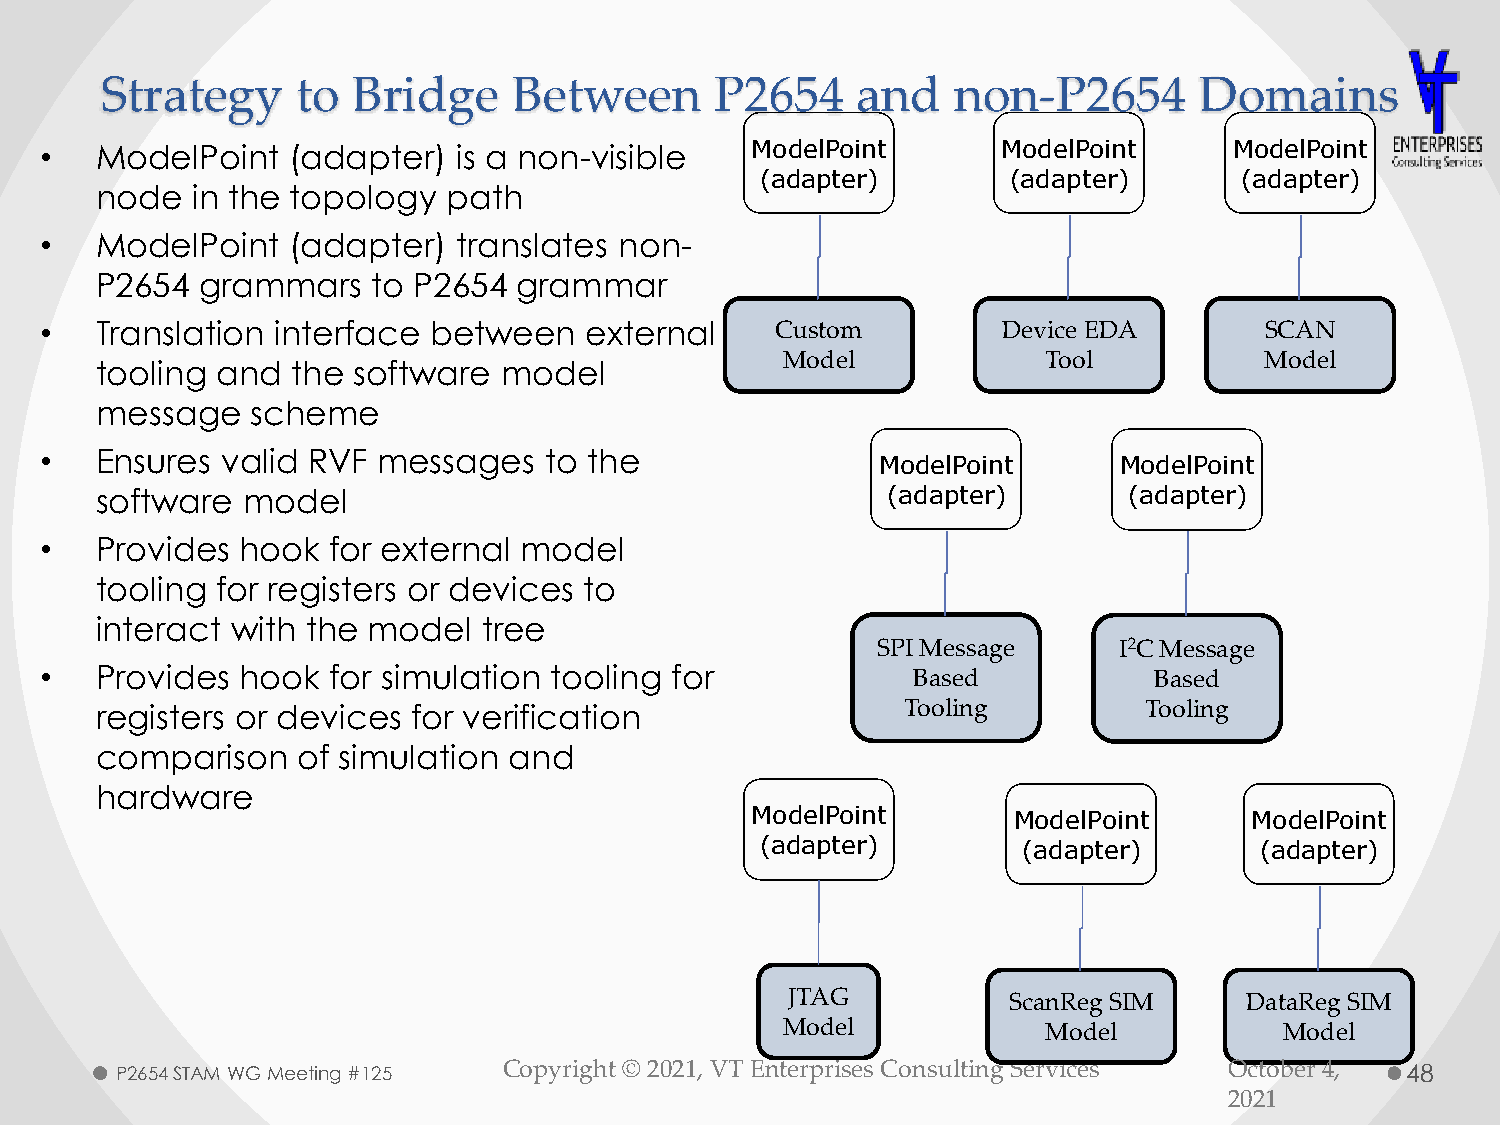
Strategy     to Bridge     Between      P2654     and   non-P2654       Domains
 •  ModelPoint   (adapter)  is a non-visible    ModelPoint      ModelPoint      ModelPoint
 (adapter)        (adapter)      (adapter)
 node   in the topology  path
 •  ModelPoint   (adapter)  translates non-
 P2654  grammars    to P2654 grammar
 •  Translation interface  between   external    Custom         Device EDA        SCAN
 Model            Tool           Model
 tooling and  the software  model
 message    scheme
 •  Ensures  valid RVF messages   to the
 ModelPoint      ModelPoint
 software  model                                      (adapter)       (adapter)
 •  Provides  hook  for external model
 tooling for registers or devices to
 interact with the model   tree
 SPI Message     I2C Message
 •  Provides  hook  for simulation tooling for            Based           Based
 registers or devices for verification                 Tooling         Tooling
 comparison    of simulation and
 hardware
 ModelPoint       ModelPoint      ModelPoint
 (adapter)         (adapter)      (adapter)
 JTAG           ScanRegSIM     DataRegSIM
 Model            Model           Model
 P2654 STAM WG Meeting #125 Copyright © 2021, VT Enterprises Consulting Services October 4, 48
 2021